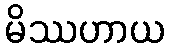
မိဿဟာယ